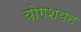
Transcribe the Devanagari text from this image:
योगशयन